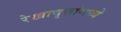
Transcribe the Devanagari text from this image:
रेखावृत्तांमध्ये